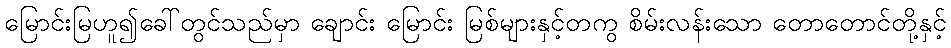
မြောင်းမြဟူ၍ခေါ်တွင်သည်မှာ ချောင်း မြောင်း မြစ်များနှင့်တကွ စိမ်းလန်းသော တောတောင်တို့နှင့်